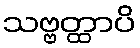
သဗ္ဗတ္ထာပိ